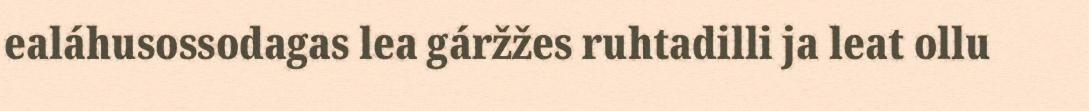
ealáhusossodagas lea gáržžes ruhtadilli ja leat ollu